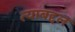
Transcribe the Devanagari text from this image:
त्‍याबद्दल